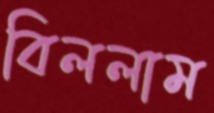
বিললাম